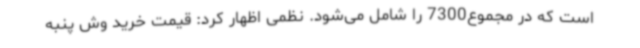
است که در مجموع7300 را شامل می‌شود. نظمی اظهار کرد: قیمت خرید وش پنبه